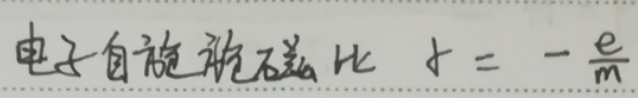
电子自旋磁旋比 $\gamma=-\frac{e}{m}$